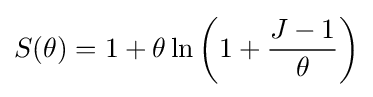
S(\theta )=1+\theta \ln \left(1+{\frac {J-1}{\theta }}\right)